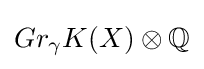
Gr_{\gamma }K(X)\otimes \mathbb {Q}